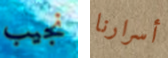
نجيب أسرارنا